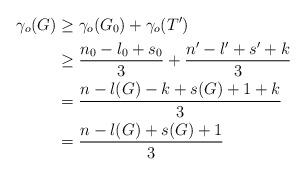
LaTeX: \begin{align*}\gamma_{o}(G) & \geq \gamma_{o}(G_{0})+\gamma_{o}(T')\\& \geq \frac{n_{0}-l_{0}+s_{0}}{3}+\frac{n'-l'+s'+k}{3}\\& =\frac{n-l(G)-k+s(G)+1+k}{3}\\& =\frac{n-l(G)+s(G)+1}{3}\\\end{align*}